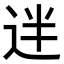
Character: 𨒃